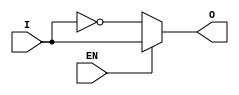
module active_low_buffer (
    input wire I,
    input wire EN,
    output wire O
);

assign O = (EN == 1'b0) ? ~I : I;

endmodule